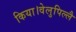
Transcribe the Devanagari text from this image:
किया।वेलुपिल्लै